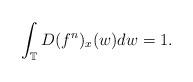
LaTeX: \begin{align*}\int_\mathbb{T} D(f^n)_x(w)dw = 1. \end{align*}